Annual administration and progress report of the Indian Medical Department, Bombay
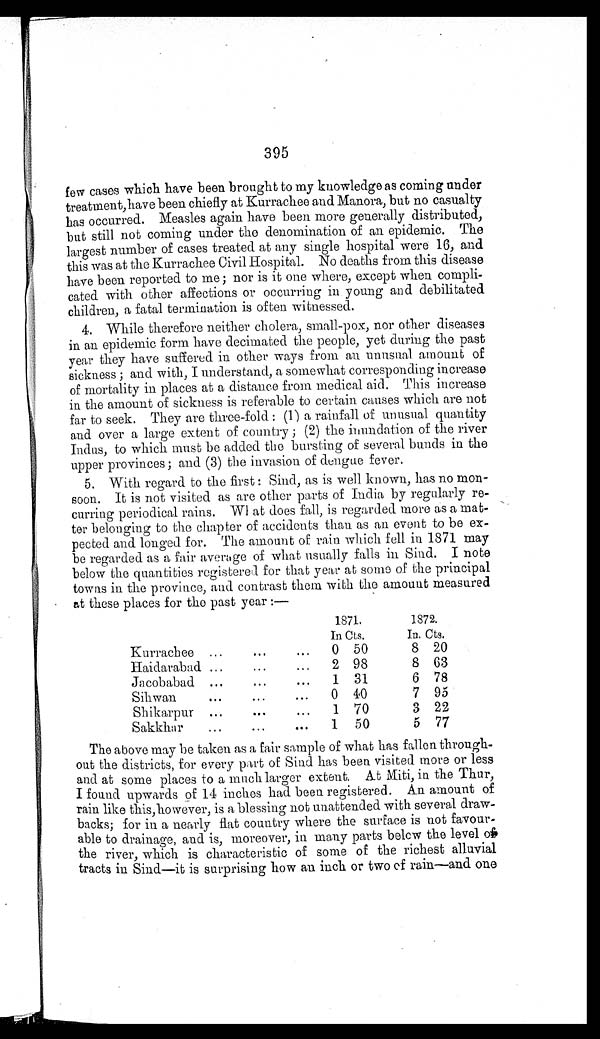
395
few cases which have been brought to my knowledge as coming under
treatment, have been chiefly at Kurrachee and Manora, but no casualty
has occurred. Measles again have been more generally distributed,
but still not coming under the denomination of an epidemic. The
largest number of cases treated at any single hospital were 16, and
this was at the Kurrachee Civil Hospital. No deaths from this disease
have been reported to me ; nor is it one where, except when compli-
cated with other affections or occurring in young and debilitated
children, a fatal termination is often witnessed.
4. While therefore neither cholera, small-pox, nor other diseases
in an epidemic form have decimated the people, yet during the past
year they have suffered in other ways from an unusual amount of
sickness ; and with, I understand, a somewhat corresponding increase
of mortality in places at a distance from medical aid. This increase
in the amount of sickness is referable to certain causes which are not
far to seek. They are three-fold : (1) a rainfall of unusual quantity
and over a large extent of country ; (2) the inundation of the river
Indus, to which must be added the bursting of several bunds in the
upper provinces ; and (3) the invasion of dengue fever.
5. With regard to the first : Sind, as is well known, has no mon-
soon. it is not visited as are other parts of India by regularly re-
curring periodical rains. What does fall, is regarded more as a mat-
ter belonging to the chapter of accidents than as an event to be ex-
pected and longed for. The amount of rain which fell in 1871 may
be regarded as a fair average of what usually falls in Sind. I note
below the quantities registered for that year at some of the principal
towns in the province, and contrast them with the amount measured
at these places for the past year :—
1871.
In Cts.
1872.
In. Cts.
Kurrachee ...... ...
0 50
8 20
Haidarabad ...... ...
2 98
8 63
Jacobabad ...... ...
1 31
6 78
Sihwan
...
...
0 40
7 95
Shikarpur ...
...
...
1 70
3 22
Sakkhar...
...
...
1 50
5 77
The above may be taken as a fair sample of what has fallen
t h r o u g h - o u t t h e d i s t r i c t s , f o r e v e r y p a r t o f S i n d h a s b e e n v i s i t e d m o r e o r l e s s
and at some places to a much larger extent. At Miti, in the Thur,
I found upwards of 14 inches had been registered. An amount of
rain like this, however, is a blessing not unattended with several draw-
backs; for in a nearly flat country where the surface is not favour-
able to drainage, and is, moreover, in many parts below the level of
the river, which is characteristic of some of the richest alluvial
tracts in Sind—it is surprising how an inch or two of rain—and one